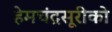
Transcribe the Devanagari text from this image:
हेमचंद्रसूरीको